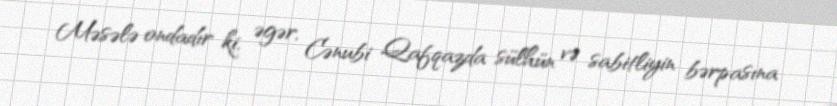
Məsələ ondadır ki, əgər, Cənubi Qafqazda sülhün və sabitliyin bərpasına